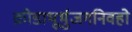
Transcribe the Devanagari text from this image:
क्रीडाभूर्भुजगनिवहो